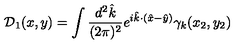
{ \mathcal D } _ { 1 } ( x , y ) = \int \frac { d ^ { 2 } { \hat { k } } } { ( 2 \pi ) ^ { 2 } } e ^ { i { \hat { k } } \cdot ( { \hat { x } } - { \hat { y } } ) } \gamma _ { k } ( x _ { 2 } , y _ { 2 } )